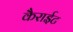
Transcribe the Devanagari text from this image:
कैराईट